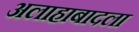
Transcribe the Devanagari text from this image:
अलाहाबादला